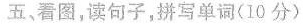
五、看图,读句子,拼写单词(10 分)